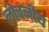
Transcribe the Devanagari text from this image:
लोचनीय